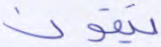
يتقون